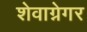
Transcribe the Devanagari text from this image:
शेवाग्नेगर